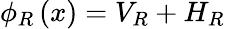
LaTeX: \begin{array}{r}{\phi_{R}\left(x\right)=V_{R}+H_{R}}\end{array}